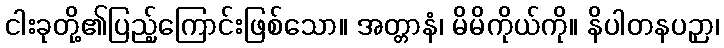
ငါးခုတို့၏ပြည့်ကြောင်းဖြစ်သော။ အတ္တာနံ၊ မိမိကိုယ်ကို။ နိပါတနပဉှာ၊